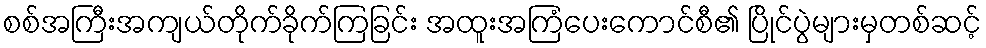
စစ်အကြီးအကျယ်တိုက်ခိုက်ကြခြင်း အထူးအကြံပေးကောင်စီ၏ ပြိုင်ပွဲများမှတစ်ဆင့်